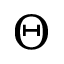
\Theta